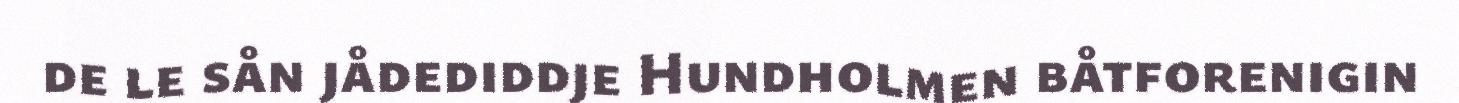
de le sån jådediddje Hundholmen båtforenigin